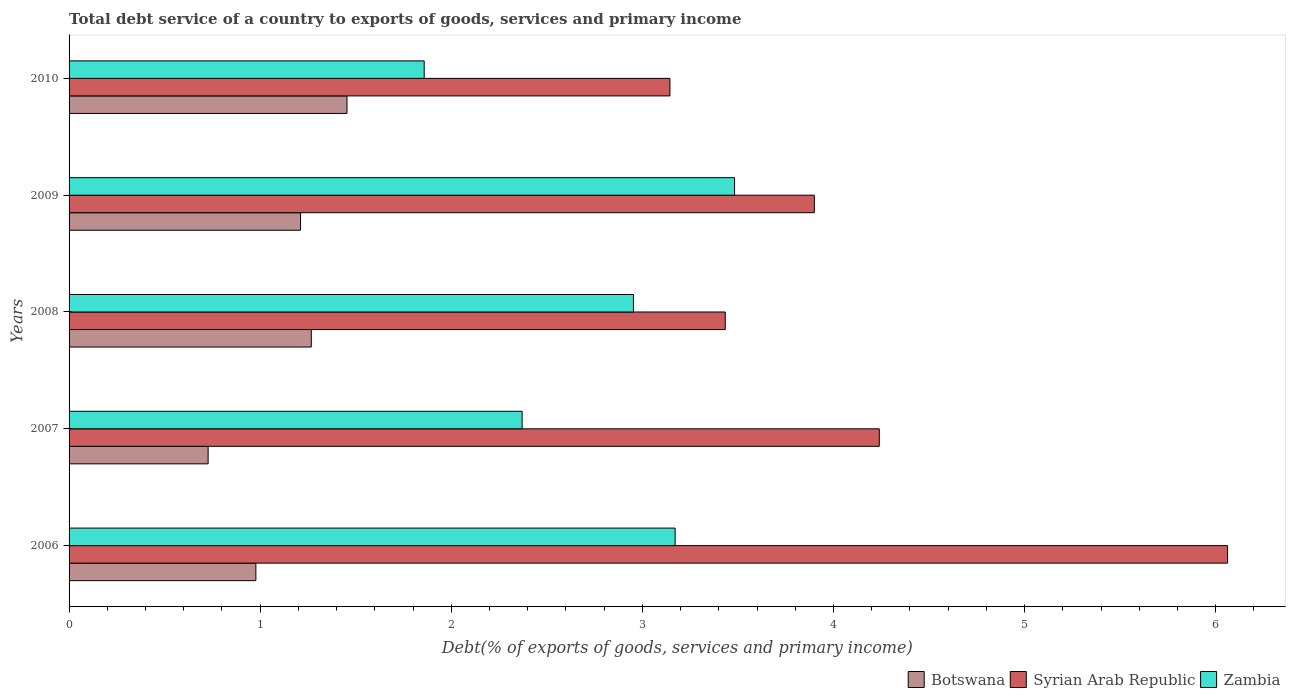
| Years | Botswana | Syrian Arab Republic | Zambia |
 | --- | --- | --- | --- |
 | 2006 | 0.977 | 6.06 | 3.17 |
 | 2007 | 0.728 | 4.24 | 2.37 |
 | 2008 | 1.27 | 3.43 | 2.95 |
 | 2009 | 1.21 | 3.9 | 3.48 |
 | 2010 | 1.45 | 3.14 | 1.86 |